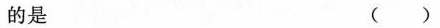
的是 ( )